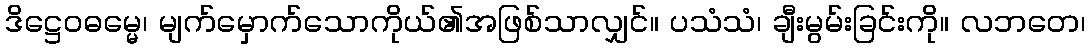
ဒိဋ္ဌေဝဓမ္မေ၊ မျက်မှောက်သောကိုယ်၏အဖြစ်သာလျှင်။ ပသံသံ၊ ချီးမွမ်းခြင်းကို။ လဘတေ၊